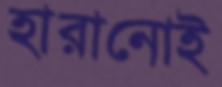
হারানোই